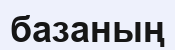
базаның